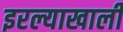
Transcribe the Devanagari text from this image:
इरल्याखाली